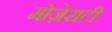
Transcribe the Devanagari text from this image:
मोज़ेराटी